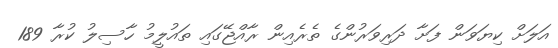
އަލަށް ކިޔަވަން ފަށާ ދަރިވަރުންގެ ތެރެއިން ރާއްޖޭގައި ތައުލީމު ހާސިލު ކުރާ 189